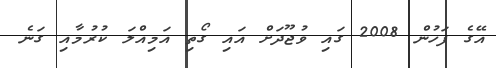
އޭގެ ފަހުން 2008 ގައި ވުޖޫދަށް އައި ގޯތި އަމިއްލަ ކުރުމާއި ގަނެ